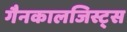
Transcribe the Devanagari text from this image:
गैनकालजिस्ट्स